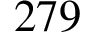
2 7 9